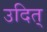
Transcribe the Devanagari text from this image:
उदित्